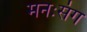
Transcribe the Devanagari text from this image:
मनःसंग